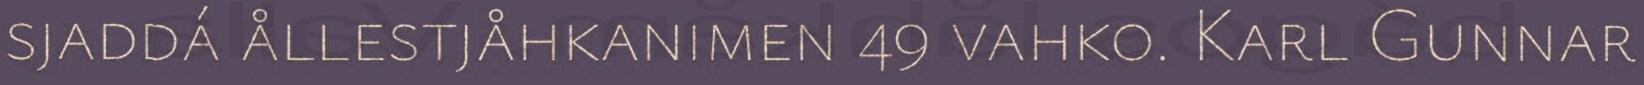
sjaddá ållestjåhkanimen 49 vahko. Karl Gunnar